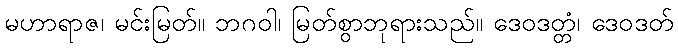
မဟာရာဇ၊ မင်းမြတ်။ ဘဂဝါ၊ မြတ်စွာဘုရားသည်။ ဒေဝဒတ္တံ၊ ဒေဝဒတ်